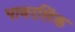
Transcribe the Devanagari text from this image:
पावरलिंक